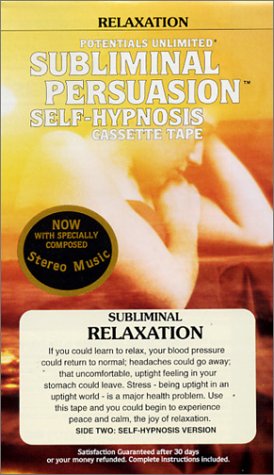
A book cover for Relaxation: Subliminal Persuasion/Self-Hypnosis; Barrie L. Konicov; Health, Fitness & Dieting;